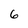
Character: 6